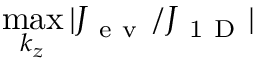
\operatorname* { m a x } _ { k _ { z } } | J _ { \mathrm { ~ e ~ v ~ } } / J _ { \mathrm { ~ 1 ~ D ~ } } |